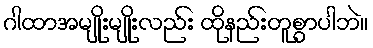
ဂါထာအမျိုးမျိုးလည်း ထိုနည်းတူစွာပါဘဲ။